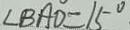
\angle B A D = 1 5 ^ { \circ }